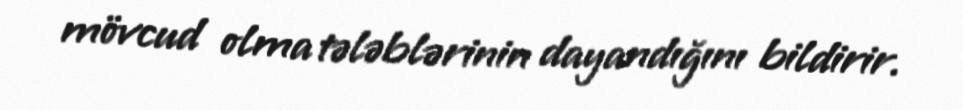
mövcud olma tələblərinin dayandığını bildirir.